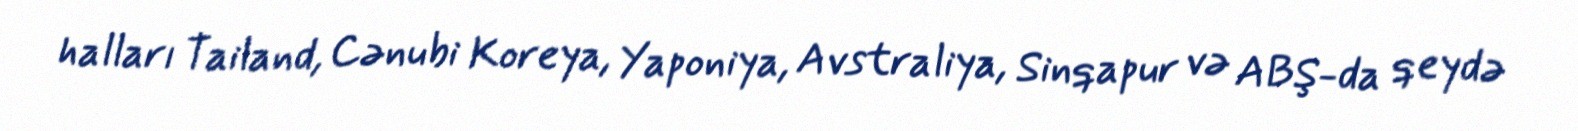
halları Tailand, Cənubi Koreya, Yaponiya, Avstraliya, Sinqapur və ABŞ-da qeydə